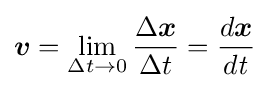
{\boldsymbol {v}}=\lim _{{\Delta t}\to 0}{\frac {\Delta {\boldsymbol {x}}}{\Delta t}}={\frac {d{\boldsymbol {x}}}{d{\mathit {t}}}}